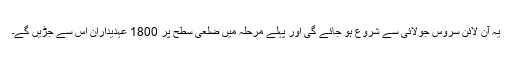
یہ آن لائن سروس جولائی سے شروع ہو جائے گی اور پہلے مرحلہ میں ضلعی سطح پر 1800 عہدیداران اس سے جڑیں گے۔